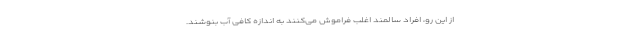
از این رو، افراد سالمند اغلب فراموش می‌کنند به اندازه کافی آب بنوشند.